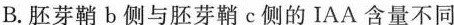
B. 胚芽鞘b侧与胚芽鞘ε侧的IAA含量不同